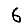
Digit: 6